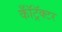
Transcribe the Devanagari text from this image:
कॉँट्रॅक्टर